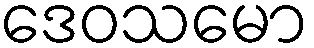
ဒေဝသမော